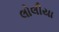
લોલીયા